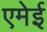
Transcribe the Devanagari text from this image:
एमेई